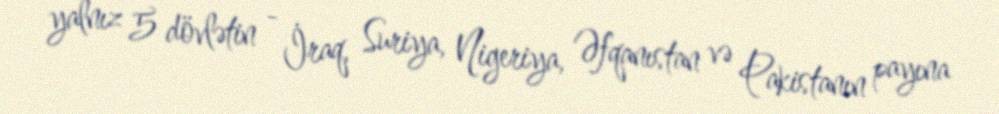
yalnız 5 dövlətin - İraq, Suriya, Nigeriya, Əfqanıstan və Pakistanın payına